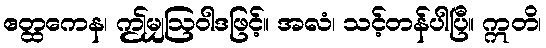
ဧတ္ထကေန၊ ဤမျှဩဝါဒဖြင့်။ အလံ၊ သင့်တန်ပါပြီ။ ဣတိ၊